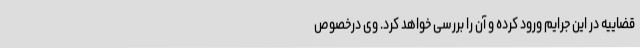
قضاییه در این جرایم ورود کرده و آن را بررسی خواهد کرد. وی درخصوص